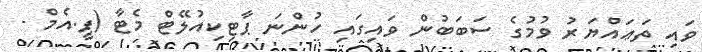
ވައި ތަޢައްޔަރު ވުމުގެ ސަބަބުން ވައިގައި ހުންނަ ޕާޓިކިއުލޭޓް މެޓާ (ޕީ.އެމް -